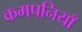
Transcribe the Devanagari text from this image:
कमपनियाँ